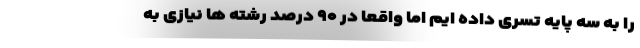
را به سه پایه تسری داده ایم اما واقعا در ۹۰ درصد رشته ها نیازی به